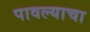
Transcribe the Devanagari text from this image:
पावल्याचा